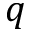
q